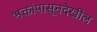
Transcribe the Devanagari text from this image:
भक्तांपासूनदेखील